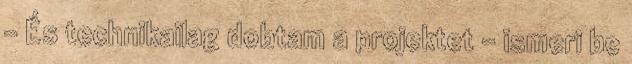
– És technikailag dobtam a projektet – ismeri be